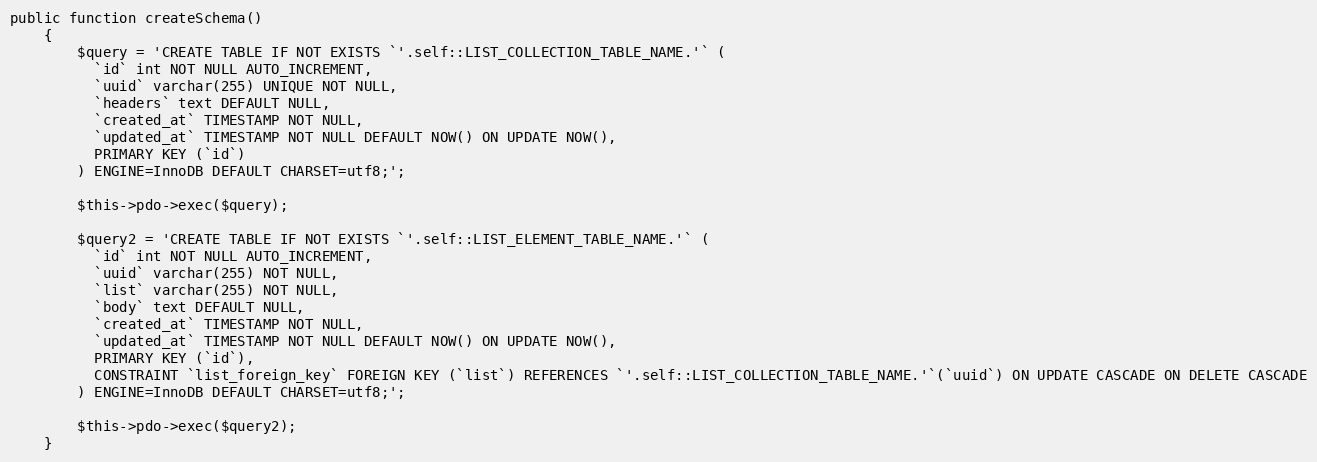
Language: PHP
public function createSchema()
    {
        $query = 'CREATE TABLE IF NOT EXISTS `'.self::LIST_COLLECTION_TABLE_NAME.'` (
          `id` int NOT NULL AUTO_INCREMENT,
          `uuid` varchar(255) UNIQUE NOT NULL,
          `headers` text DEFAULT NULL,
          `created_at` TIMESTAMP NOT NULL,
          `updated_at` TIMESTAMP NOT NULL DEFAULT NOW() ON UPDATE NOW(),
          PRIMARY KEY (`id`)
        ) ENGINE=InnoDB DEFAULT CHARSET=utf8;';

        $this->pdo->exec($query);

        $query2 = 'CREATE TABLE IF NOT EXISTS `'.self::LIST_ELEMENT_TABLE_NAME.'` (
          `id` int NOT NULL AUTO_INCREMENT,
          `uuid` varchar(255) NOT NULL,
          `list` varchar(255) NOT NULL,
          `body` text DEFAULT NULL,
          `created_at` TIMESTAMP NOT NULL,
          `updated_at` TIMESTAMP NOT NULL DEFAULT NOW() ON UPDATE NOW(),
          PRIMARY KEY (`id`),
          CONSTRAINT `list_foreign_key` FOREIGN KEY (`list`) REFERENCES `'.self::LIST_COLLECTION_TABLE_NAME.'`(`uuid`) ON UPDATE CASCADE ON DELETE CASCADE
        ) ENGINE=InnoDB DEFAULT CHARSET=utf8;';

        $this->pdo->exec($query2);
    }